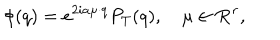
LaTeX: \phi ( q ) = e ^ { 2 i a \mu \cdot q } P _ { T } ( q ) , \quad \mu \in { \bf R } ^ { r } ,